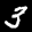
Label: 3